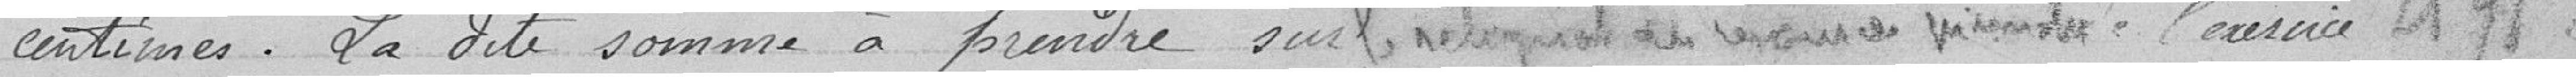
centimes. La dite somme à prendre sur le reliquat des dépenses vicinale de l'exercice 1898.